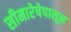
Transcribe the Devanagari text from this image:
सीमारेषेपासून